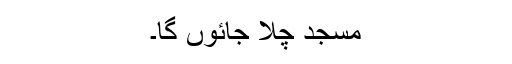
مسجد چلا جائوں گا۔